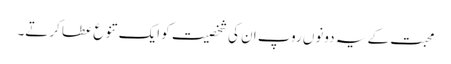
محبت کے یہ دونوں روپ ان کی شخصیت کو ایک تنوع عطا کرتے۔